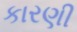
કારણી